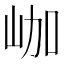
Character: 𡶐